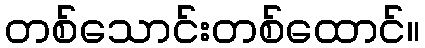
တစ်သောင်းတစ်ထောင်။